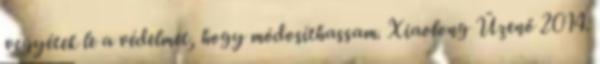
vegyétek le a védelmet, hogy módosíthassam. Xiaolong Üzenő 2014.